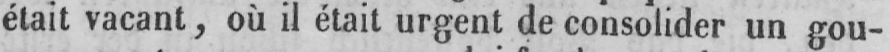
était vacant, où il était urgent de consolider un gou-